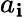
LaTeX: a_{\mathbf{i}}